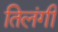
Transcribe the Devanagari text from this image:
तिलंगी